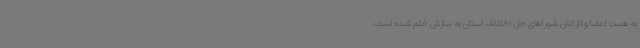
به همت اعضا وکارکنان شوراهای حل اختلاف استان به سازش ختم شده است.